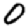
Digit: 0